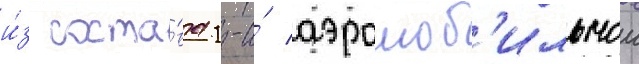
и́з соста́ва 1-и́ аэромоб'ильнои